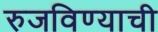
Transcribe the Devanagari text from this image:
रुजविण्याची